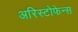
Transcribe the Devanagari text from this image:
अरिस्टोफेन्स